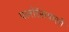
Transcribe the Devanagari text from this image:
फ्लोरेंसवासी